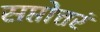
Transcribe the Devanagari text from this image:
सप्तोत्तरं